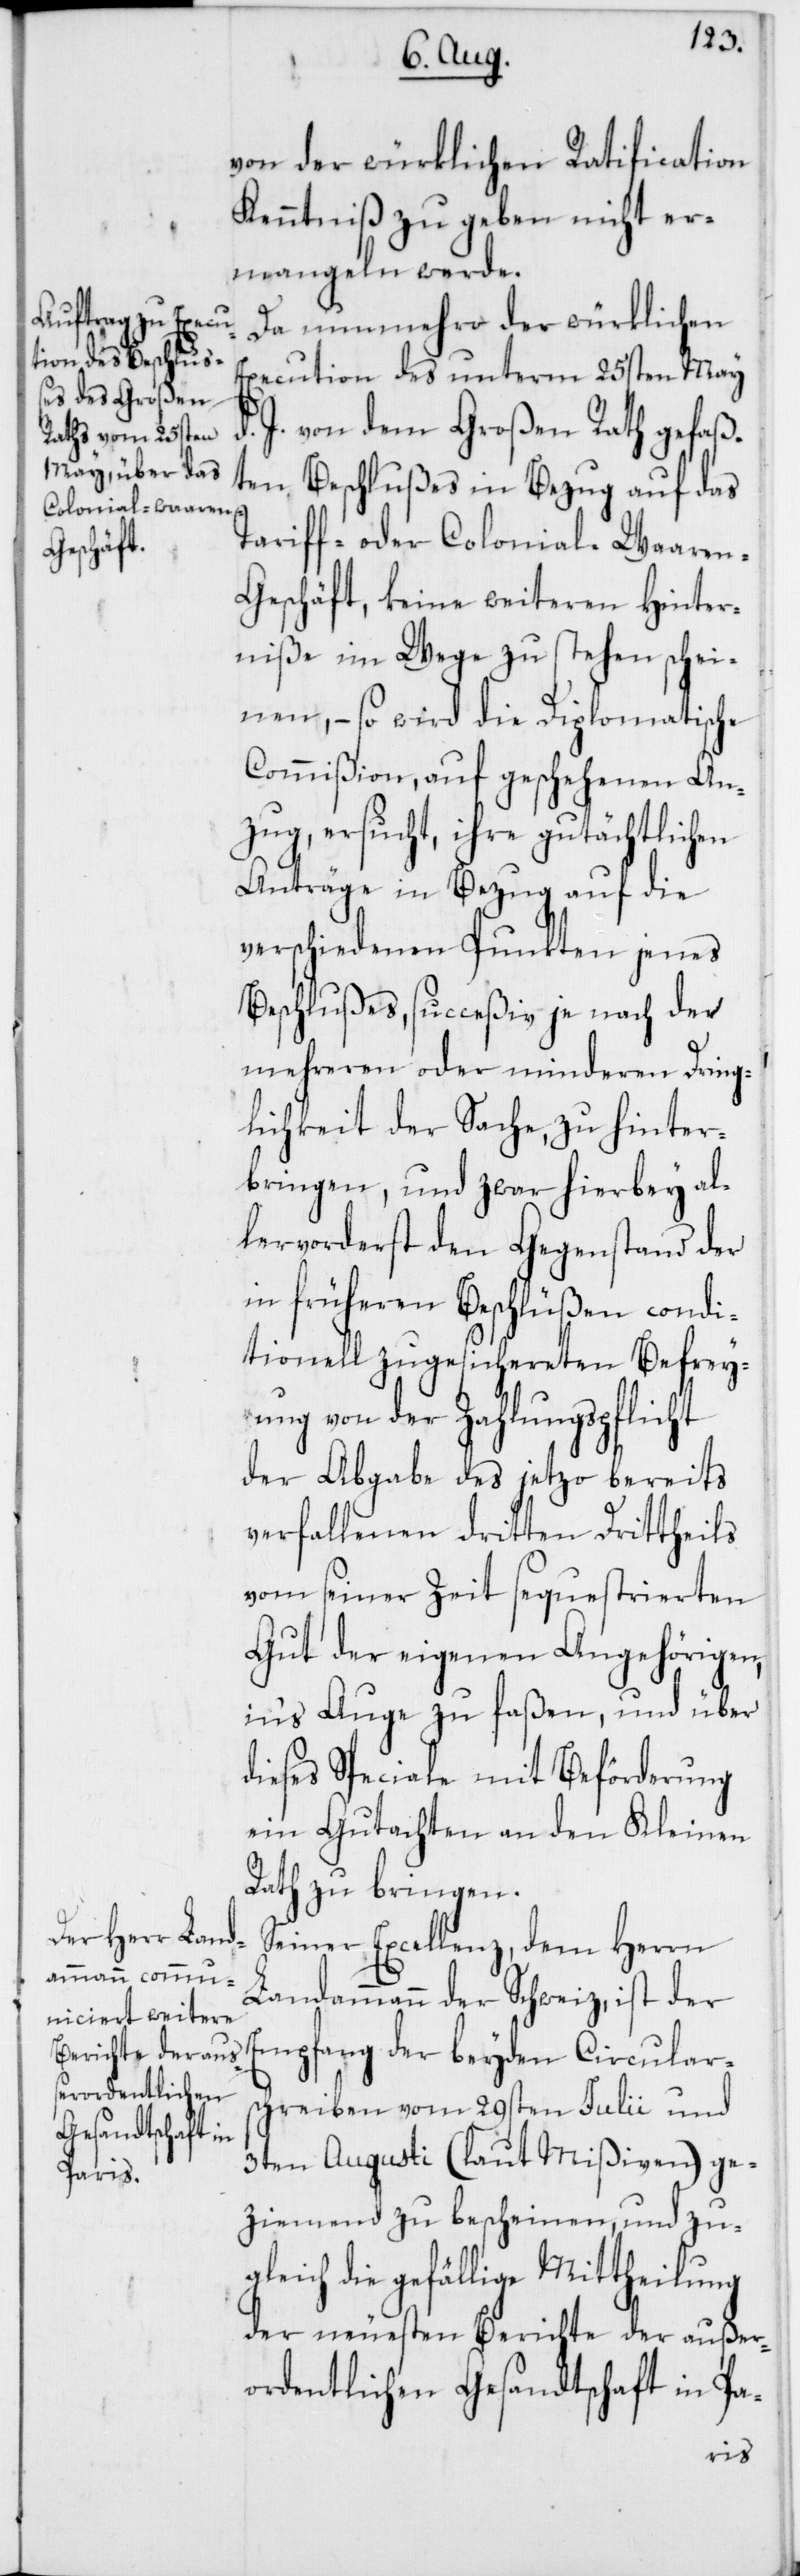
von der würklichen Ratification
Kenntniß zu geben nicht er¬
mangeln werde.
Da nunmehro der würklichen
Execution des unterm 25sten May
J. von dem Großen Rath gefaß¬
ten Beschlußes in Bezug auf das
Tariff- oder Colonial-Waare¬
n-Geschäft, keine weiteren Hinder¬
niße im Wege zu stehen schei¬
nen, – so wird die Diplomatische
Commißion, auf geschehenen An¬
zug, ersucht, ihre gutächtlichen
Anträge in Bezug auf die
verschiedenen Punkten jenes
Beschlußes, succeßiv je nach der
mehreren oder minderen Dring¬
lichkeit der Sache, zu hinter¬
bringen, und zwar hierbey al¬
lervorderst den Gegenstand der
in früheren Beschlüßen condi¬
tionell zugesichereten Befrey¬
ung von der Zahlungspflicht
der Abgabe des jetzo bereits
verfallenen dritten Drittheils
vom seiner Zeit sequestrierten
Gut der eigenen Angehörigen,
ins Auge zu faßen, und über
diese Speciale mit Beförderung
ein Gutachten an den Kleinen
Rath zu bringen.
Seiner Excellenz, dem Herrn
Landammann der Schweiz, ist der
chreiben vom 29sten Julii und
3ten Augusti (laut Mißiven) ge¬
ziemend zu bescheinen, und zu¬
gleich die gefällige Mittheilung
der neuesten Berichte der außer¬
ordentlichen Gesandtschaft in Pa-
Circulars¬